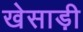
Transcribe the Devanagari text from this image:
खेसाड़ी